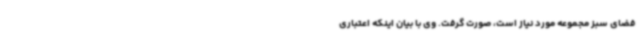
فضای سبز مجموعه مورد نیاز است، صورت گرفت. وی با بیان اینکه اعتباری